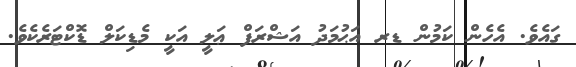
ގައެވެ. އެހެން ކަމުން ޑރ އަޙުމަދު އަޝްރަފް ޢަލީ އަކީ މެޑިކަލް ޑޮކްޓަރެކެވެ.